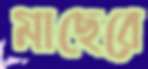
মাছেরে